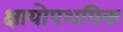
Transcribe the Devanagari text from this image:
क्षायोपशयिक